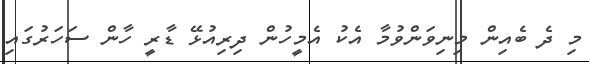
މި ދެ ބެއިން މިނިވަންވުމާ އެކު އެމީހުން ދިރިއުޅޭ ޑާރީ ހާން ސަހަރުގައި